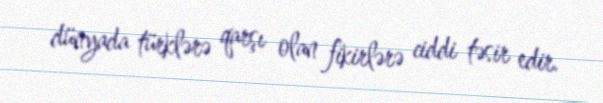
dünyada türklərə qarşı olan fikirlərə ciddi təsir edir.